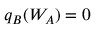
q _ { B } ( W _ { A } ) = 0